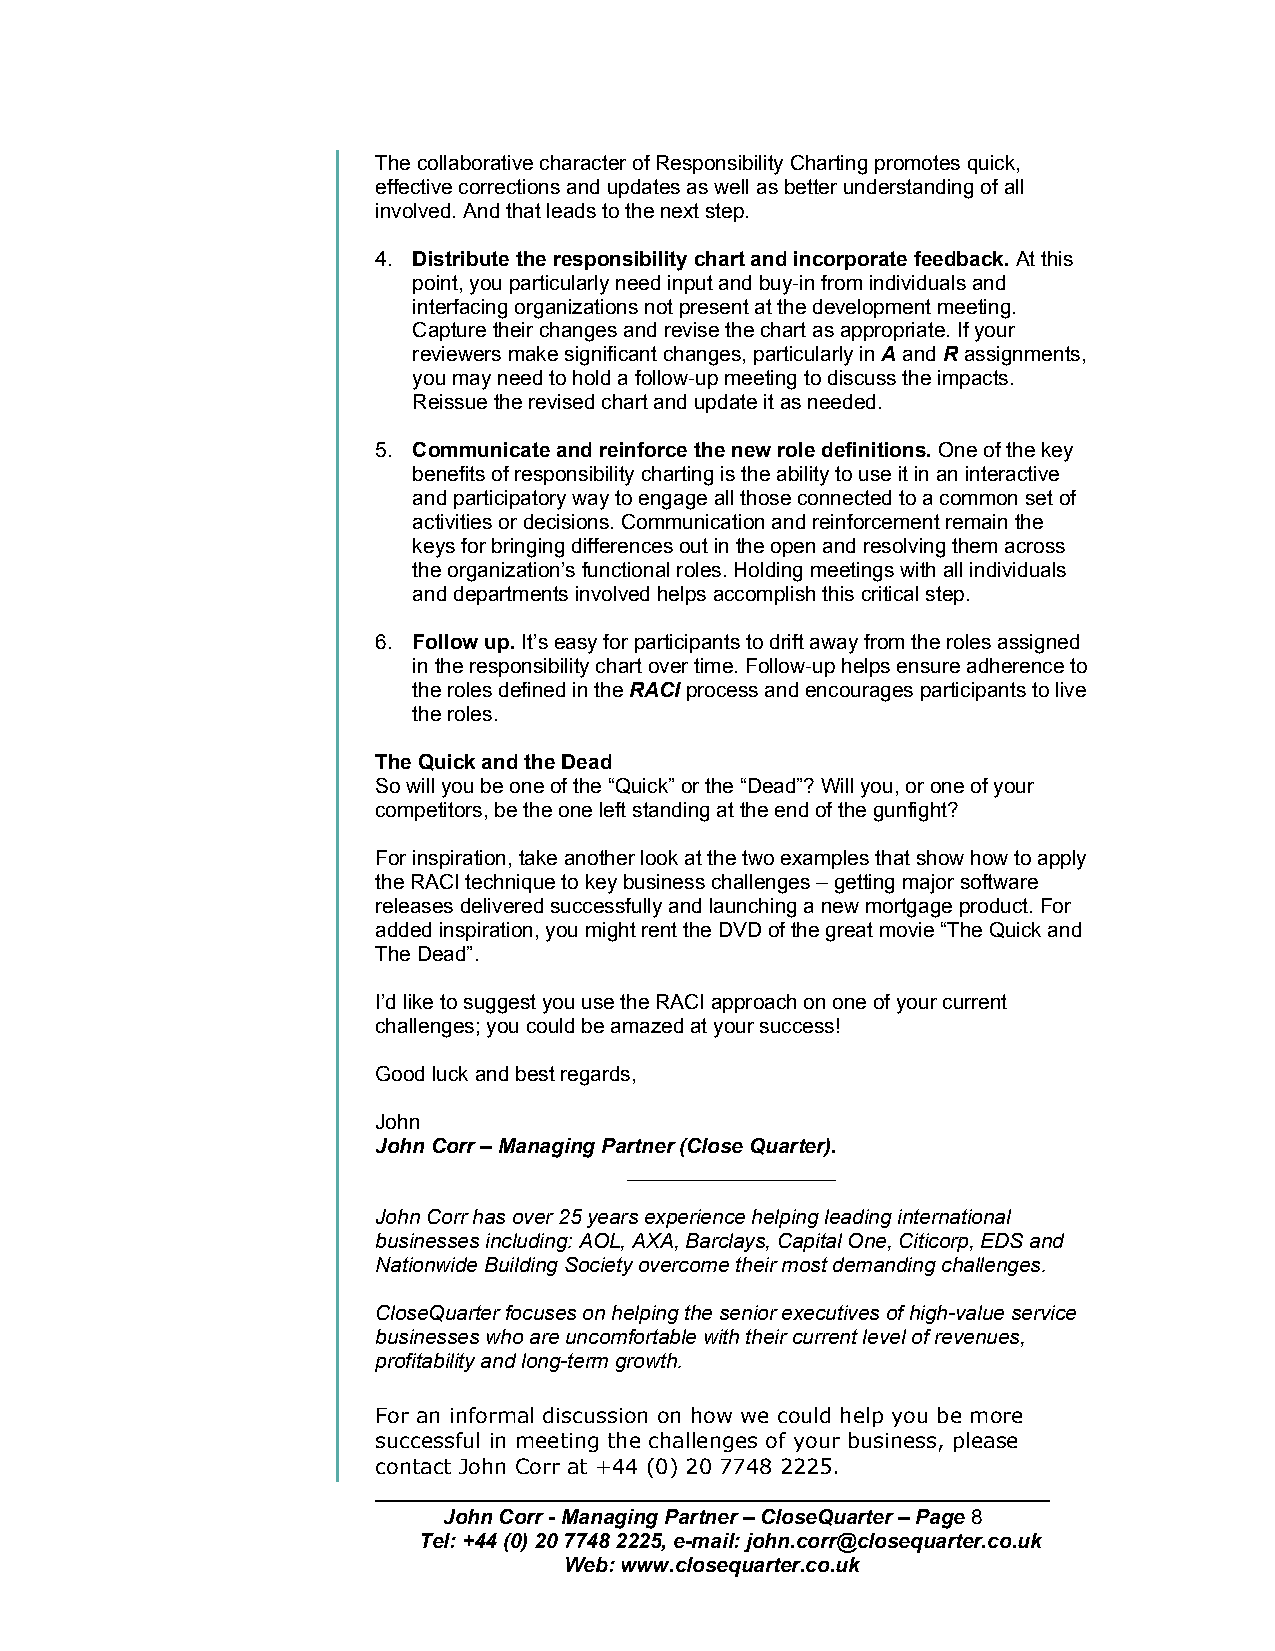
The collaborative character of Responsibility Charting promotes quick,
 effective corrections and updates as well as better understanding of all
 involved. And that leads to the next step.
 4. Distribute the responsibility chart and incorporate feedback. At this
 point, you particularly need input and buy-in from individuals and
 interfacing organizations not present at the development meeting.
 Capture their changes and revise the chart as appropriate. If your
 reviewers make significant changes, particularly in A and R assignments,
 you may need to hold a follow-up meeting to discuss the impacts.
 Reissue the revised chart and update it as needed.
 5. Communicate and reinforce the new role definitions. One of the key
 benefits of responsibility charting is the ability to use it in an interactive
 and participatory way to engage all those connected to a common set of
 activities or decisions. Communication and reinforcement remain the
 keys for bringing differences out in the open and resolving them across
 the organization’s functional roles. Holding meetings with all individuals
 and departments involved helps accomplish this critical step.
 6. Follow up. It’s easy for participants to drift away from the roles assigned
 in the responsibility chart over time. Follow-up helps ensure adherence to
 the roles defined in the RACI process and encourages participants to live
 the roles.
 The Quick and the Dead
 So will you be one of the “Quick” or the “Dead”? Will you, or one of your
 competitors, be the one left standing at the end of the gunfight?
 For inspiration, take another look at the two examples that show how to apply
 the RACI technique to key business challenges – getting major software
 releases delivered successfully and launching a new mortgage product. For
 added inspiration, you might rent the DVD of the great movie “The Quick and
 The Dead”.
 I’d like to suggest you use the RACI approach on one of your current
 challenges; you could be amazed at your success!
 Good luck and best regards,
 John
 John Corr – Managing Partner (Close Quarter).
 __________________
 John Corr has over 25 years experience helping leading international
 businesses including: AOL, AXA, Barclays, Capital One, Citicorp, EDS and
 Nationwide Building Society overcome their most demanding challenges.
 CloseQuarter focuses on helping the senior executives of high-value service
 businesses who are uncomfortable with their current level of revenues,
 profitability and long-term growth.
 For an informal discussion on how we could help you be more
 successful in meeting the challenges of your business, please
 contact John Corr at +44 (0) 20 7748 2225.
 John Corr - Managing Partner – CloseQuarter – Page 8
 Tel: +44 (0) 20 7748 2225, e-mail: john.corr@closequarter.co.uk
 Web: www.closequarter.co.uk